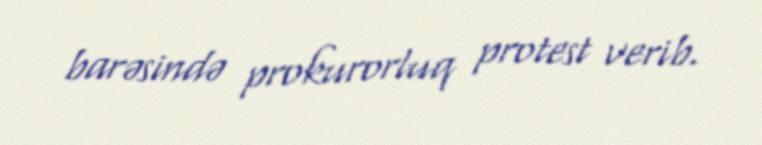
barəsində prokurorluq protest verib.